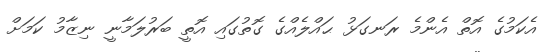
އެކަމުގެ އޮތް އެންމެ ރަނގަޅު ޙައްލެއްގެ ގޮތުގައި އޮތީ ބަރުލަމާނީ ނިޒާމު ކަމަށް